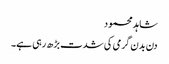
شاہد محمود
دن بدن گرمی کی شدت بڑھ رہی ہے۔